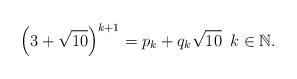
LaTeX: \begin{align*}\left(3 + \sqrt{10} \right)^{k+1}=p_k+q_k \sqrt{10} \,\,\, k\in \mathbb N.\end{align*}